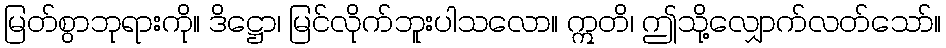
မြတ်စွာဘုရားကို။ ဒိဋ္ဌော၊ မြင်လိုက်ဘူးပါသလော။ ဣတိ၊ ဤသို့လျှောက်လတ်သော်။